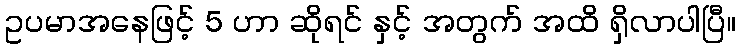
ဥပမာအနေဖြင့် 5 ဟာ ဆိုရင် နှင့် အတွက် အထိ ရှိလာပါပြီ။